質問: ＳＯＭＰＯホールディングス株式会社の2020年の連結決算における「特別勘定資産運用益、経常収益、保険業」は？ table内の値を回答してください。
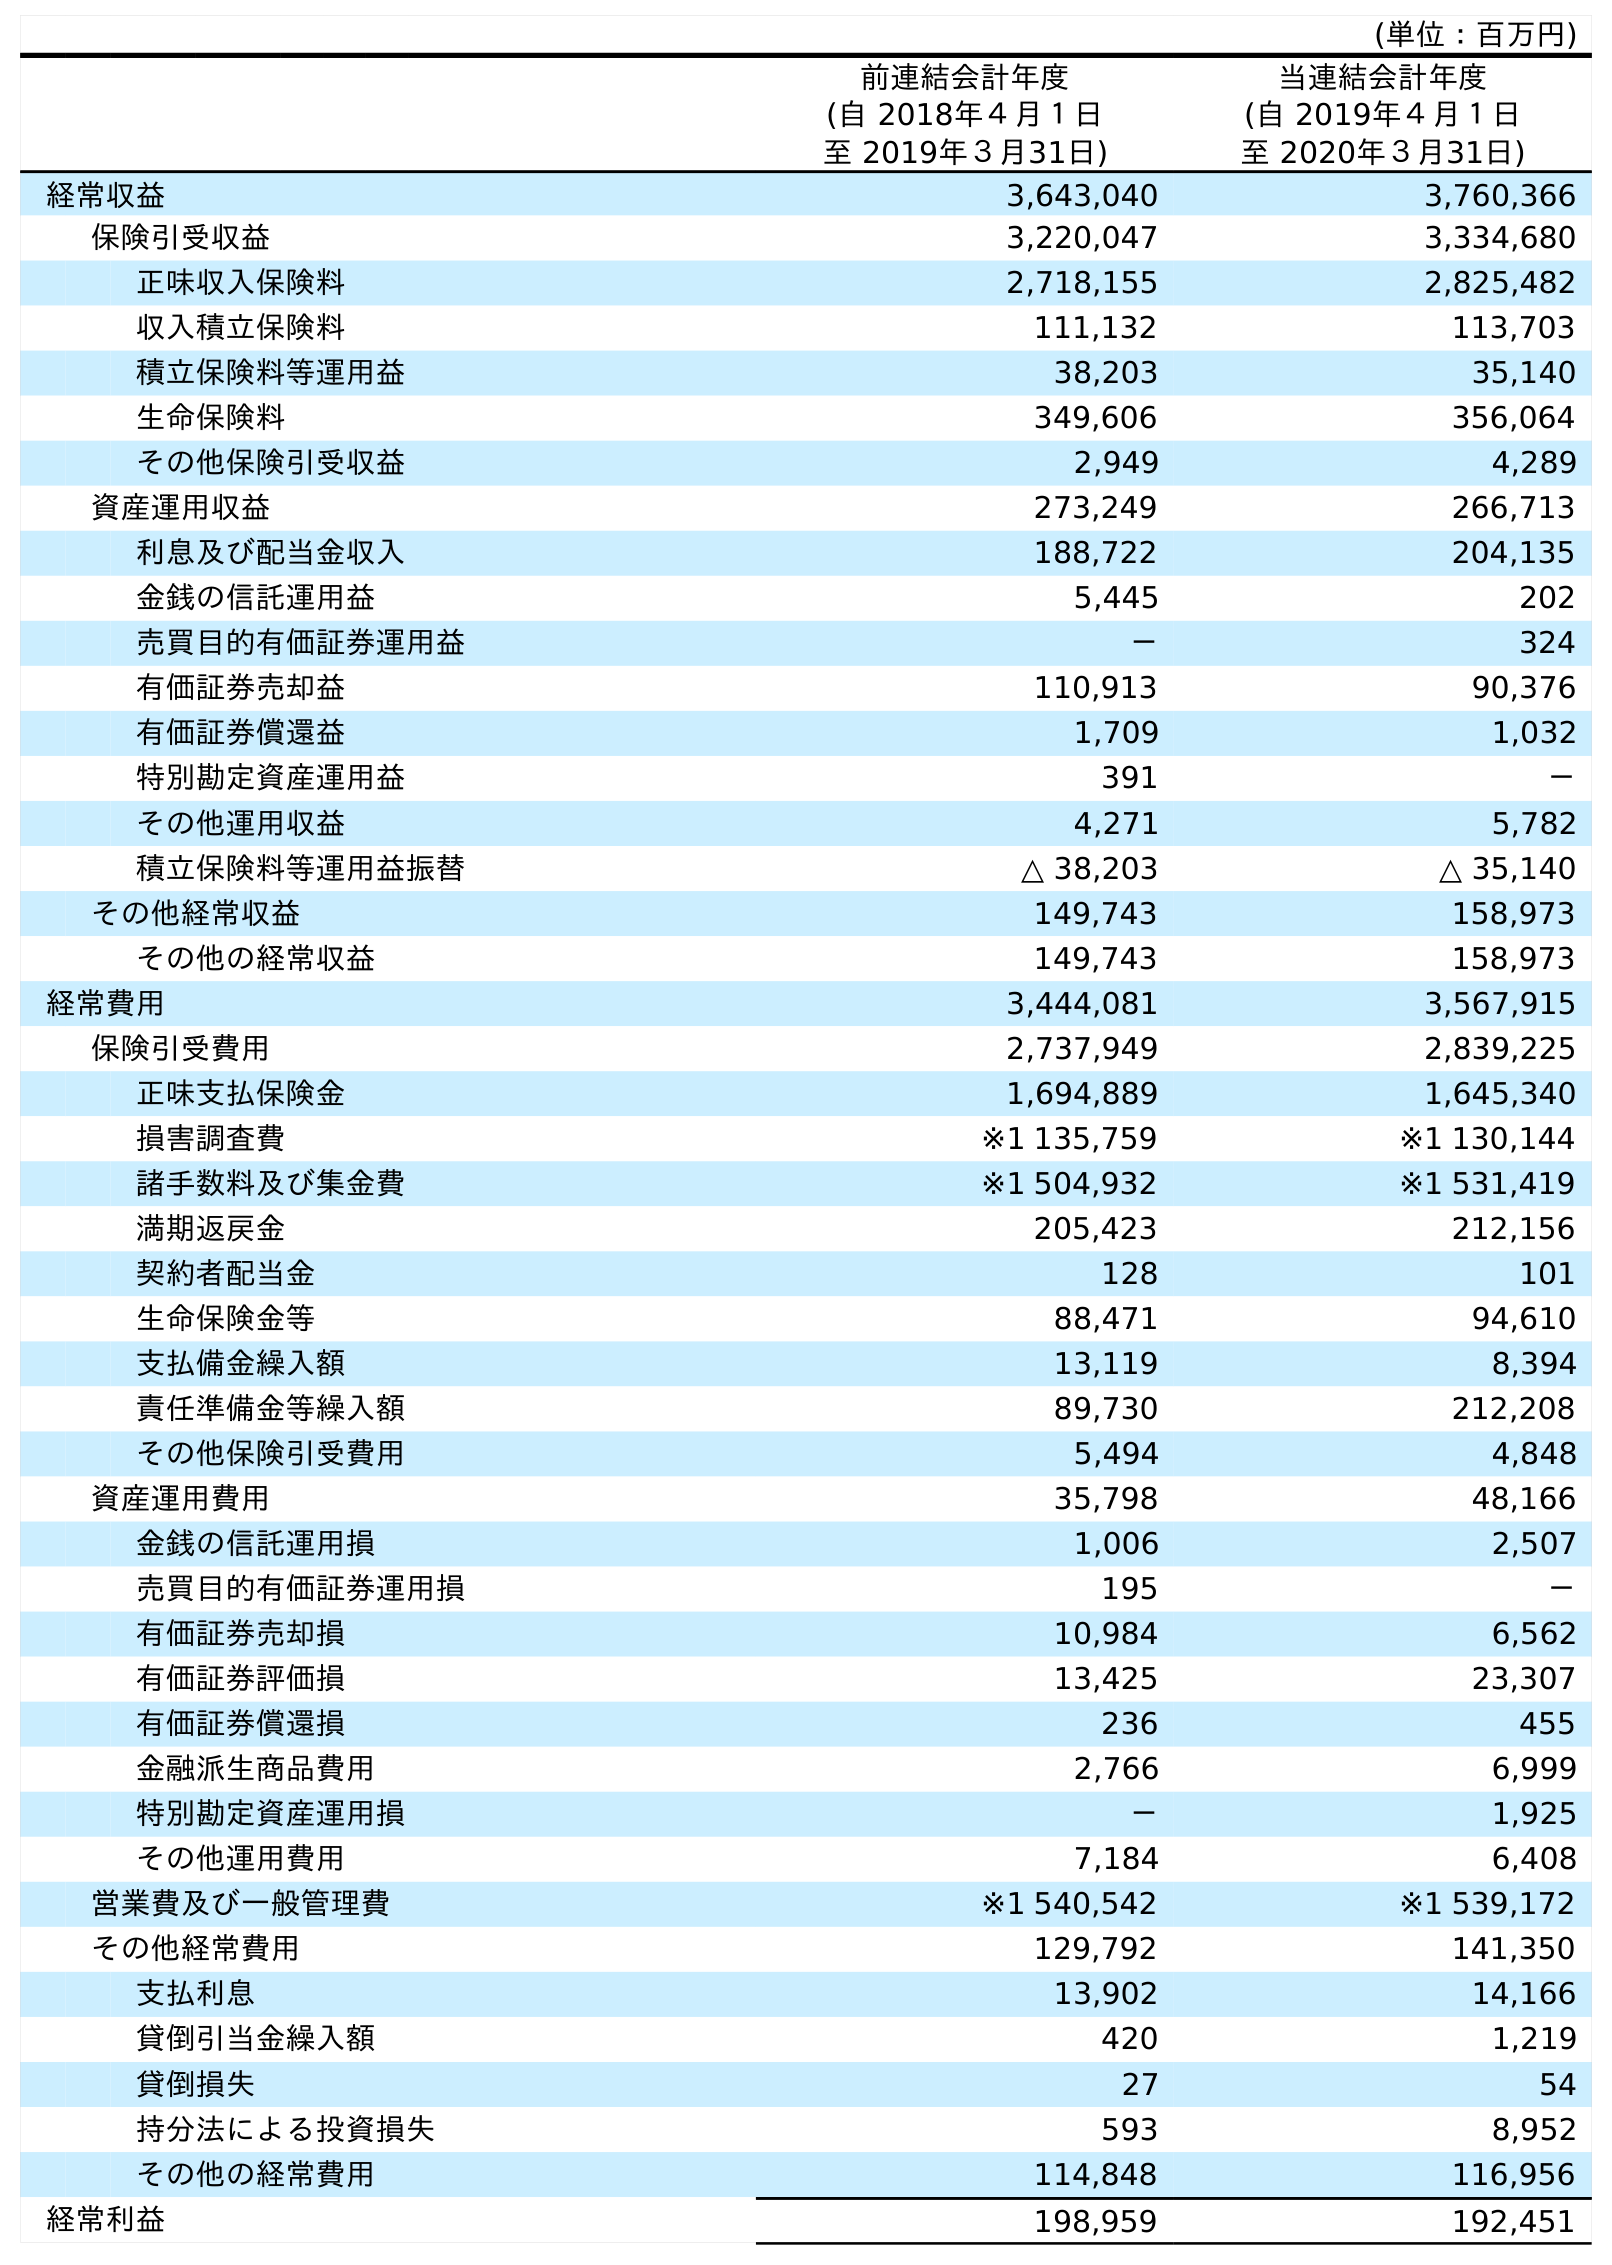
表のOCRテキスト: (単位：百万円) 前連結会計年度 (自 2018年４月１日 至 2019年３月31日) 当連結会計年度 (自 2019年４月１日 至 2020年３月31日) 経常収益 3,643,040 3,760,366 保険引受収益 3,220,047 3,334,680 正味収入保険料 2,718,155 2,825,482 収入積立保険料 111,132 113,703 積立保険料等運用益 38,203 35,140 生命保険料 349,606 356,064 その他保険引受収益 2,949 4,289 資産運用収益 273,249 266,713 利息及び配当金収入 188,722 204,135 金銭の信託運用益 5,445 202 売買目的有価証券運用益 － 324 有価証券売却益 110,913 90,376 有価証券償還益 1,709 1,032 特別勘定資産運用益 391 － その他運用収益 4,271 5,782 積立保険料等運用益振替 △ 38,203 △ 35,140 その他経常収益 149,743 158,973 その他の経常収益 149,743 158,973 経常費用 3,444,081 3,567,915 保険引受費用 2,737,949 2,839,225 正味支払保険金 1,694,889 1,645,340 損害調査費 ※1 135,759 ※1 130,144 諸手数料及び集金費 ※1 504,932 ※1 531,419 満期返戻金 205,423 212,156 契約者配当金 128 101 生命保険金等 88,471 94,610 支払備金繰入額 13,119 8,394 責任準備金等繰入額 89,730 212,208 その他保険引受費用 5,494 4,848 資産運用費用 35,798 48,166 金銭の信託運用損 1,006 2,507 売買目的有価証券運用損 195 － 有価証券売却損 10,984 6,562 有価証券評価損 13,425 23,307 有価証券償還損 236 455 金融派生商品費用 2,766 6,999 特別勘定資産運用損 － 1,925 その他運用費用 7,184 6,408 営業費及び一般管理費 ※1 540,542 ※1 539,172 その他経常費用 129,792 141,350 支払利息 13,902 14,166 貸倒引当金繰入額 420 1,219 貸倒損失 27 54 持分法による投資損失 593 8,952 その他の経常費用 114,848 116,956 経常利益 198,959 192,451
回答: －